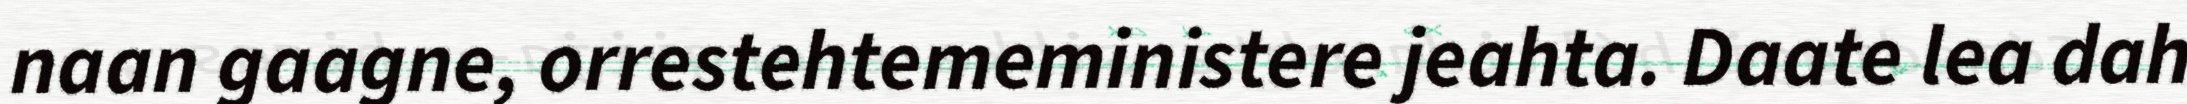
naan gaagne, orrestehtemeministere jeahta. Daate lea dah